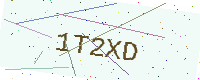
Text: 1T2XD